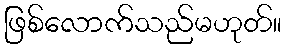
ဖြစ်လောက်သည်မဟုတ်။